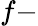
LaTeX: f-